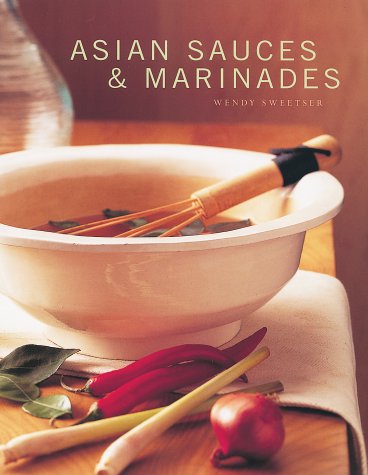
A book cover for Asian Sauces and Marinades; Wendy Sweetser; Cookbooks, Food & Wine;